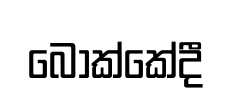
බොක්කේදී